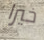
خيرا